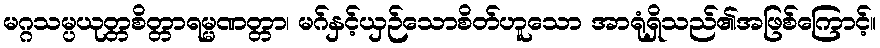
မဂ္ဂသမ္ပယုတ္တစိတ္တာရမ္မဏတ္တာ၊ မဂ်နှင့်ယှဉ်သောစိတ်ဟူသော အာရုံရှိသည်၏အဖြစ်ကြောင့်။